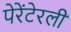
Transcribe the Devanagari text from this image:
पेरेंटेरली